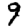
Digit: 9